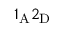
1 _ { \mathrm { A } } 2 _ { \mathrm { D } }